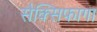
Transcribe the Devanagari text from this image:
सैक्सिफागा